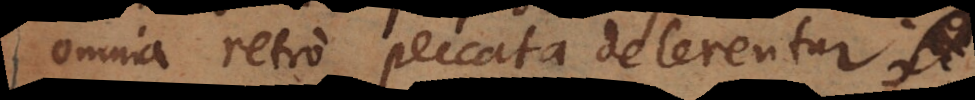
omnia retro peccata delerentur